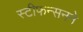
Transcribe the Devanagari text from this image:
स्टीफन्सनने